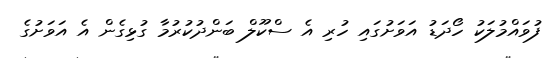
ފުވައްމުލަކު ހޯދަޑު އަވަށުގައި ހުރި އެ ސްކޫލް ބަންދުކުރުމާ ގުޅިގެން އެ އަވަށުގެ